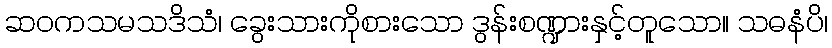
ဆဝကသမသဒိသံ၊ ခွေးသားကိုစားသော ဒွန်းစဏ္ဍားနှင့်တူသော။ သဓနံပိ၊